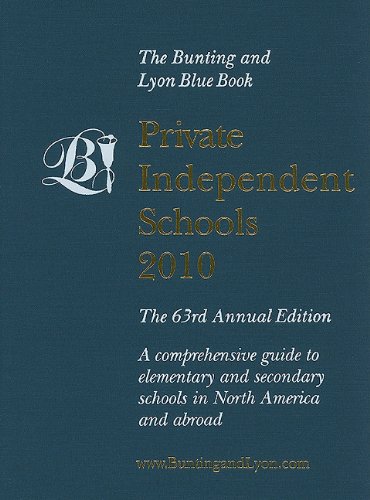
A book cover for Private Independent Schools: A Comprehensive Guide to Elementary and Secondary Schools in North America and Abroad; Test Preparation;